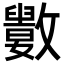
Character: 𣀭